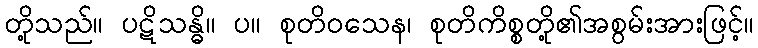
တို့သည်။ ပဋိသန္ဓိ။ ပ။ စုတိဝသေန၊ စုတိကိစ္စတို့၏အစွမ်းအားဖြင့်။